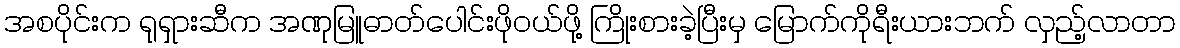
အစပိုင်းက ရုရှားဆီက အဏုမြူဓာတ်ပေါင်းဖိုဝယ်ဖို့ ကြိုးစားခဲ့ပြီးမှ မြောက်ကိုရီးယားဘက် လှည့်လာတာ